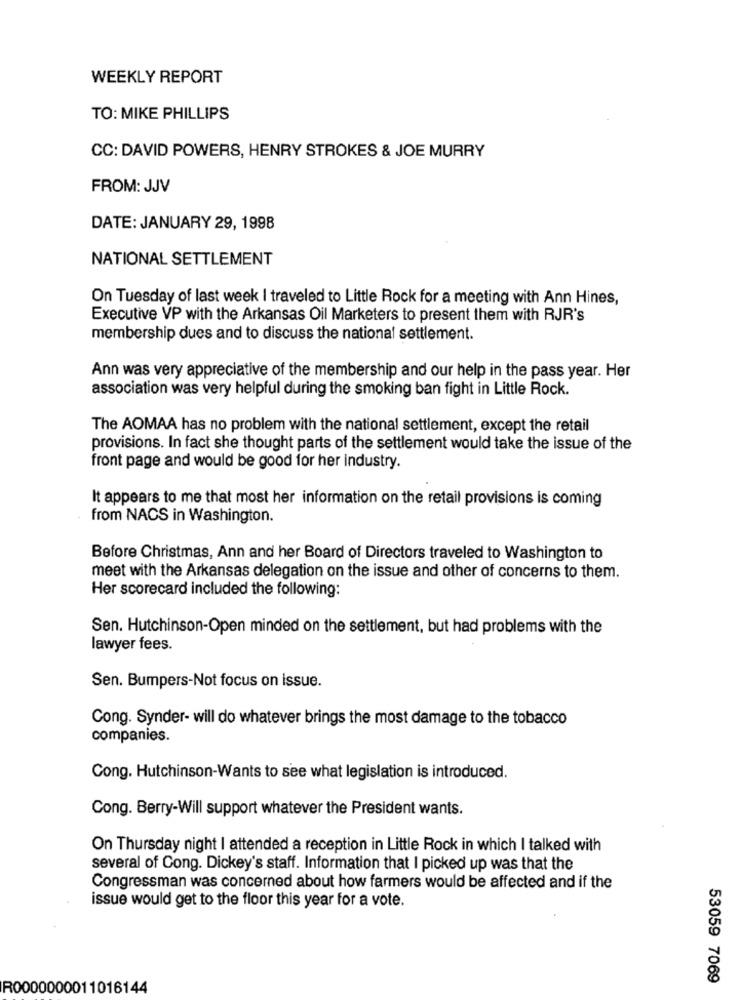
WEEKLY REPORT
TO: MIKE PHILLIPS
CC: DAVID POWERS, HENRY STROKES & JOE MURRY
FROM: JJV
DATE: JANUARY 29, 1998
NATIONAL SETTLEMENT
On Tuesday of last week I traveled to Little Rock for a meeting with Ann Hines,
Executive VP with the Arkansas Oil Marketers to present them with RJR's
membership dues and to discuss the national settlement.
Ann was very appreciative of the membership and our help in the pass year. Her
association was very helpful during the smoking ban fight in Little Rock.
The AOMAA has no problem with the national settlement, except the retail
provisions. In fact she thought parts of the settlement would take the issue of the
front page and would be good for her industry.
It appears to me that most her information on the retail provisions is coming
from NACS in Washington.
Before Christmas, Ann and her Board of Directors traveled to Washington to
meet with the Arkansas delegation on the issue and other of concerns to them.
Her scorecard included the following:
Sen. Hutchinson-Open minded on the settlement, but had problems with the
lawyer fees.
Sen. Bumpers-Not focus on issue.
Cong. Synder- will do whatever brings the most damage to the tobacco
companies.
Cong. Hutchinson-Wants to see what legislation is introduced.
Cong. Berry-Will support whatever the President wants.
On Thursday night I attended a reception in Little Rock in which I talked with
several of Cong. Dickey's staff. Information that I picked up was that the
Congressman was concerned about how farmers would be affected and if the
issue would get to the floor this year for a vote.
53059 7069
R0000000011016144